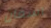
آسفان